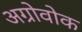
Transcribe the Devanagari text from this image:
अग्रोवोक